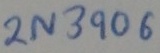
Text: 2N3906